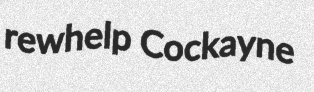
rewhelp Cockayne